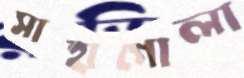
সাহাগোলা